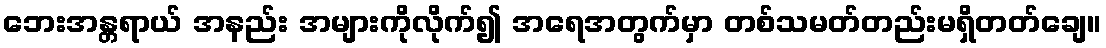
ဘေးအန္တရာယ် အနည်း အများကိုလိုက်၍ အရေအတွက်မှာ တစ်သမတ်တည်းမရှိတတ်ချေ။